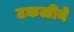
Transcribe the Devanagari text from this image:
टकळीने